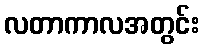
လတာကာလအတွင်း